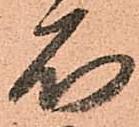
石